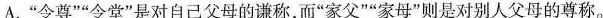
A.”令尊””令堂”是对自己父母的谦称，而”家父””家母”则是对别人父母的尊称。